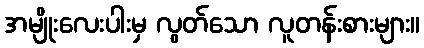
အမျိုးလေးပါးမှ လွတ်သော လူတန်းစားများ။